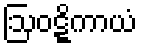
ဩဝဋ္ဋိကာယံ